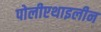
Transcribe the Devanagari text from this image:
पोलीएथाइलीन